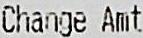
CHANGE AMT